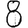
Digit: 8